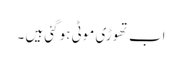
اب تھوڑی موٹی ہو گئی ہیں ۔